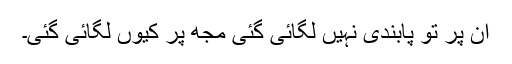
ان پر تو پابندی نہیں لگائی گئی مجھ پر کیوں لگائی گئی۔